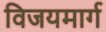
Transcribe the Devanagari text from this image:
विजयमार्ग